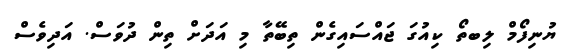
ޔުނިފޯމް ލިބތޯ ކިއުގަ ޖައްސައިގެން ތިބޭތާ މި އަދަށް ތިން ދުވަސް. އަދިވެސް